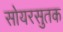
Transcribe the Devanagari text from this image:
सोयरसुतक